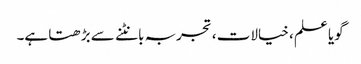
گویا علم ، خیالات ، تجربہ بانٹنے سے بڑھتا ہے۔